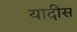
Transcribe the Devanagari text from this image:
यादीस